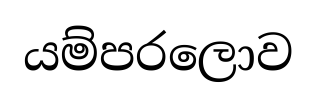
යම්පරලොව